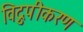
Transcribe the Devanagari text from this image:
विद्रुपीकरण